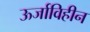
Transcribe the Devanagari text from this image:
ऊर्जाविहीन